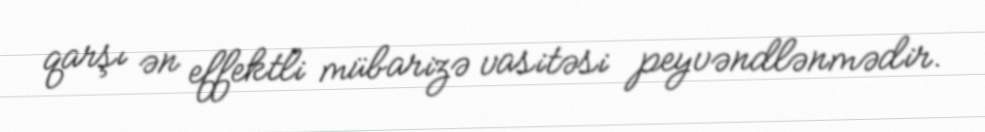
qarşı ən effektli mübarizə vasitəsi peyvəndlənmədir.